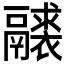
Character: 𩱘